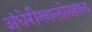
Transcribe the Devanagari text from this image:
अंधेरीखालोखाल